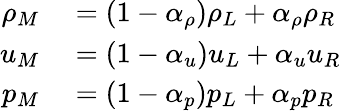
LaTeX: \begin{array}{rl}{\rho_{M}}&{{}=(1-\alpha_{\rho})\rho_{L}+\alpha_{\rho}\rho_{R}}\\ {u_{M}}&{{}=(1-\alpha_{u})u_{L}+\alpha_{u}u_{R}}\\ {p_{M}}&{{}=(1-\alpha_{p})p_{L}+\alpha_{p}p_{R}}\end{array}